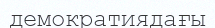
демократиядағы